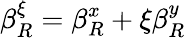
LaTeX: \beta_{R}^{\xi}=\beta_{R}^{x}+\xi\beta_{R}^{y}